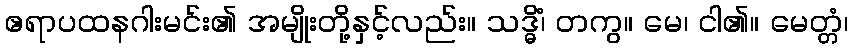
ဧရာပထနဂါးမင်း၏ အမျိုးတို့နှင့်လည်း။ သဒ္ဓိံ၊ တကွ။ မေ၊ ငါ၏။ မေတ္တံ၊